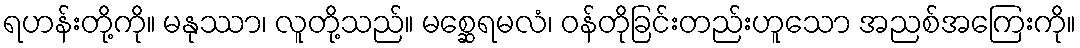
ရဟန်းတို့ကို။ မနုဿာ၊ လူတို့သည်။ မစ္ဆေရမလံ၊ ဝန်တိုခြင်းတည်းဟူသော အညစ်အကြေးကို။